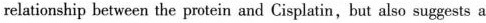
relationship between the protein and Cisplatin, but also suggests a